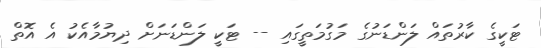
ޓަކީގެ ކާރުތައް ލަންޑަނުގެ މަގުމަތީގައި -- ޓަކީ ލަންޑަނަށް ދިޔުމާއެކު އެ އޮތް